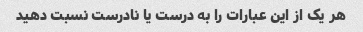
هر یک از این عبارات را به درست یا نادرست نسبت دهید